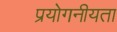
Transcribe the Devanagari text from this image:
प्रयोगनीयता